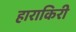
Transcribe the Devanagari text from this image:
हाराकिरी